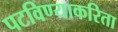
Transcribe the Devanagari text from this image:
पटविण्याकरिता